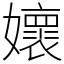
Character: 㜳